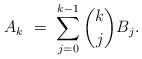
LaTeX: \begin{align*}A_k \ = \ \sum_{j=0}^{k-1} \binom{k}{j} B_j.\end{align*}